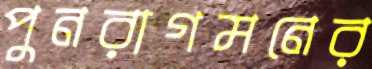
পুনরাগমনের